Indian journal of veterinary science and animal husbandry - Volumes 18-21, 1948-1951
Year: 1948
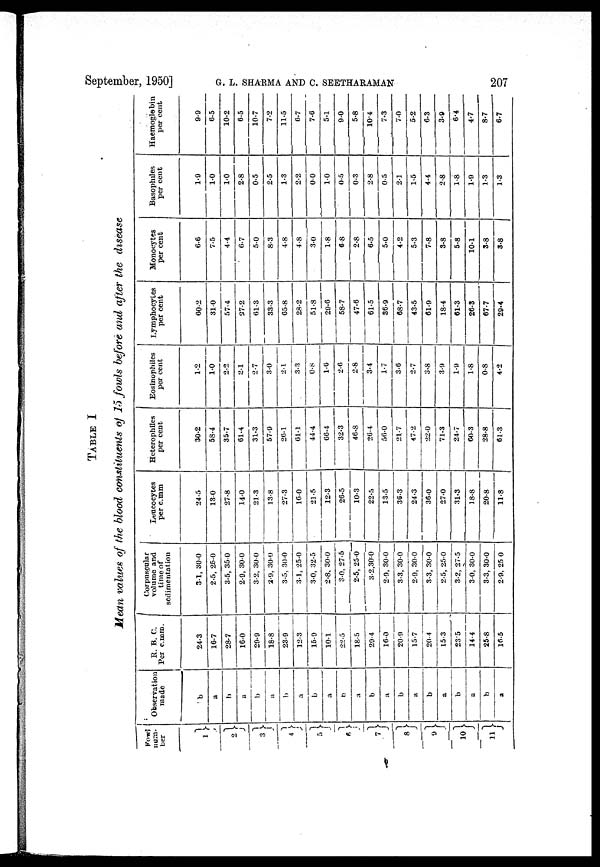
September, 1950] G. L. SHARMA AND C. SEETHARAMAN 207
TABLE I
Mean values of the blood constituents of 15 fowls before and after the disease
Fowl
num-
ber
1}
2}
3}
4}
5}
6}
7}
8}
9}
10}
11}
Observation
made
b
a
b
a
b
a
b
a
b
a
b
a
b
a
b
a
b
a
b
a
b
a
R. B. C.
Per c.mm.
24.3
16.7
28.7
16.0
29.9
18.8
23.9
12.3
15.9
10.1
22.5
18.5
29.4
16.0
20.9
15.7
20.4
15.3
23.5
14.4
25.8
16.5
Corpuscular
volume and
time of
sedimentation
3.1, 30.0
2.5, 25.0
3.5, 35.0
2.9, 30.0
3.2, 30.0
2.9, 30.0
3.5, 30.0
3.1, 25.0
3.0, 32.5
2.8, 30.0
3.0, 27.5
2.5, 25.0
3.2, 30.0
2.9, 30.0
3.3, 30.0
2.9, 30.0
3.3, 30.0
2.5, 25.0
3.2, 27.5
3.0, 30.0
3.3, 30.0
2.9. 25.0
Leucocytes
per c.mm
24.5
13.0
27.8
14.0
21.3
13.8
27.3
16.0
21.5
12.3
26.5
10.3
22.5
13.5
36.3
24.3
36.0
27.0
31.3
18.8
20.8
11.8
Heterophiles
per cent
30.2
58.4
35.7
61.4
31.3
57.9
26.1
61.1
44.4
66.4
32.3
46.8
26.4
56.0
21.7
47.2
22.0
71.3
24.7
60.3
28.8
61.3
Eosinophiles
per cent
1.2
1.0
2.2
2.1
2.7
3.0
2.1
3.3
0.8
1.6
2.6
2.8
3.4
1.7
3.6
2.7
3.8
3.9
1.9
1.8
0.8
4.2
Lymphocytes
per cent
60.2
31.0
57.4
27.2
61.3
33.3
65.8
28.2
51.8
29.6
58.7
47.6
61.5
36.9
68.7
43.5
61.9
18.4
61.3
26.3
67.7
29.4
Monocytes
per cent
6.6
7.5
4.4
6.7
5.0
8.3
4.8
4.8
3.0
1.8
6.8
2.8
6.5
5.0
4.2
5.3
7.8
3.8
5.8
10.1
3.8
3.8
Basophiles
per cent
1.9
1.0
1.0
2.8
0.5
2.5
1.3
2.2
0.0
1.0
0.5
0.3
2.8
0.5
2.1
1.5
4.4
2.8
1.8
1.9
1.3
1.3
Haemoglobin
per cent
9.9
6.5
10.2
6.5
10.7
7.2
11.5
6.7
7.6
5.1
9.0
5.8
10.4
7.3
7.0
5.2
6.3
3.9
6.4
4.7
8.7
6.7